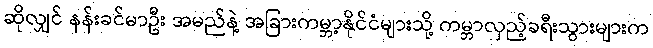
ဆိုလျှင် နန်းခင်မာဦး အမည်နဲ့ အခြားကမ္ဘာ့နိုင်ငံများသို့ ကမ္ဘာလှည့်ခရီးသွားများက